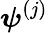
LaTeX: \boldsymbol{\psi}^{(j)}